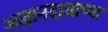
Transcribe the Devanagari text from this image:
अज्ञानदासाच्या